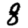
Digit: 8